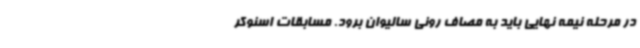
در مرحله نیمه نهایی باید به مصاف رونی سالیوان برود. مسابقات اسنوکر